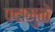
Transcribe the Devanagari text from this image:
पदामुळे